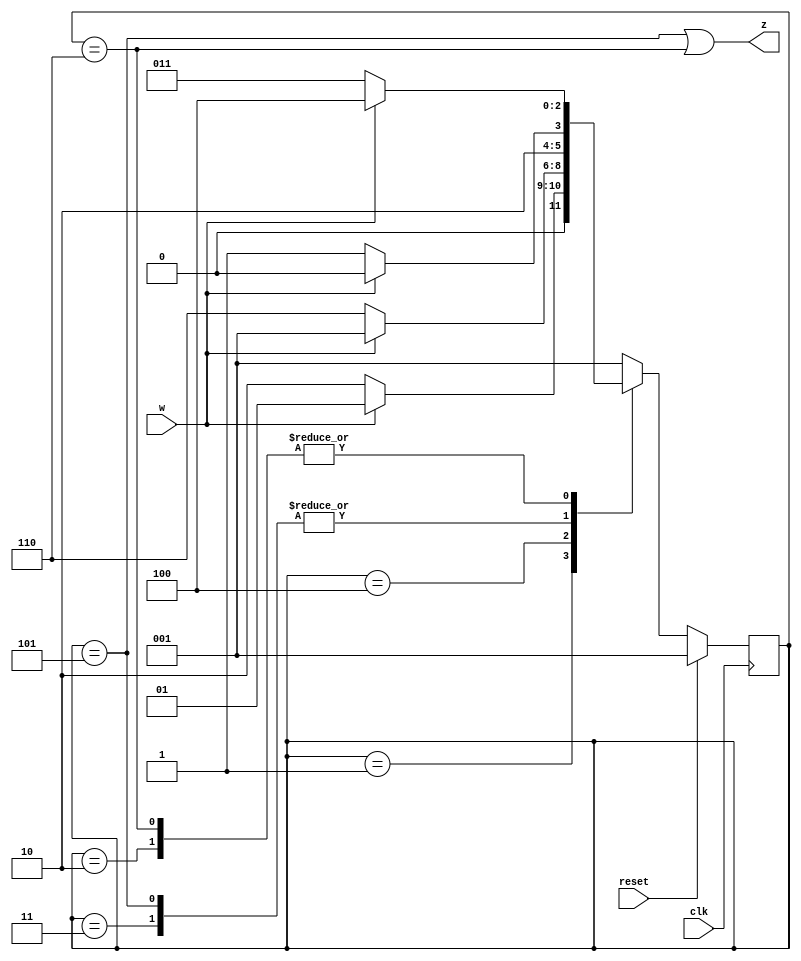
module top_module (
    input clk,
    input reset,     // synchronous reset
    input w,
    output z);

    localparam A=3'h1, B=3'h2, C=3'h3, D=3'h4, E=3'h5, F=3'h6;
    reg [2:0] state, next_state;
    
    always @(*) begin
        case(state)
            A:	next_state = w? A : B;
            B:	next_state = w? D : C;
            C:	next_state = w? D : E;
            D:	next_state = w? A : F;
            E:	next_state = w? D : E;
            F:	next_state = w? D : C;
            default:	next_state = A;
        endcase
    end
    
    always @(posedge clk) begin
        if(reset)
            state <= A;
        else
            state <= next_state;
    end
    
    assign z = (state == E) || (state == F);
    
endmodule